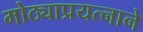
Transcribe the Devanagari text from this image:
मोठ्याप्रयत्नाने